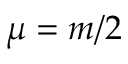
\mu = m / 2